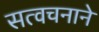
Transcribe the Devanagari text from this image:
सत्वचनाने